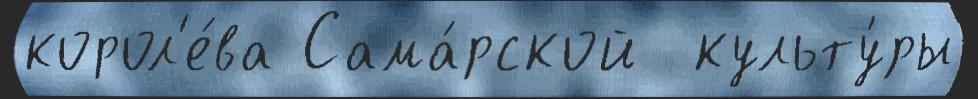
корол'е́ва Сама́рской  культу́ры